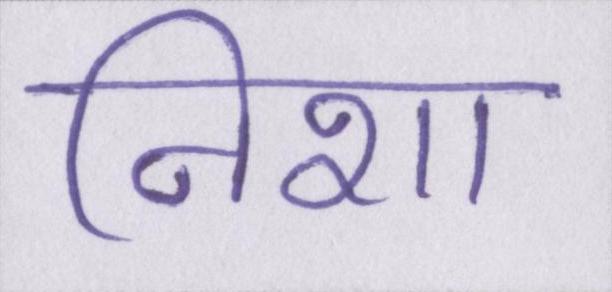
निशा